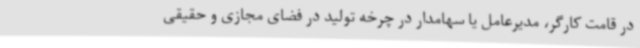
در قامت کارگر، مدیرعامل یا سهامدار در چرخه تولید در فضای مجازی و حقیقی